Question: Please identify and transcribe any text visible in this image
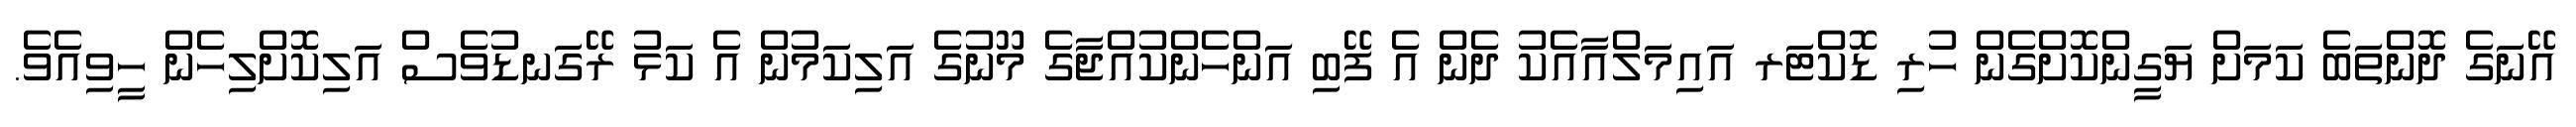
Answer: އޭނަގެ ދޮންތަބެ ކަމަށް ޔަގީންކޮށްގެން ހުރި ޑޮކްޓަރ އައިމަލްއާއެކު ދެން އެ ފޭބި އަންހެންކުއްޖާގެ މޫނުގެ އަލިކަމުން އެ ކަޅު ރޭގަނޑުވެސް އަލިކޮށްލިހެން ހީވިއެވެ.